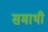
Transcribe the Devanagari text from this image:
समाथी